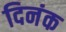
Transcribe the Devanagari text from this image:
दिनंक